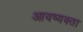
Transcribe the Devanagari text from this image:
आवष्यक्ता